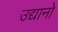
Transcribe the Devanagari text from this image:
उद्यानो